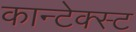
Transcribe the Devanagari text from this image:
कान्टेक्स्ट